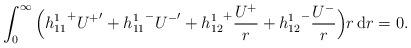
LaTeX: \begin{align*}\int_0^\infty\Big({h_{11}^1}^+{U^+}'+{h_{11}^1}^-{U^-}'+{h_{12}^1}^+\frac{U^+}{r}+{h_{12}^1}^-\frac{U^-}{r}\Big)r\,{\mathrm d}r=0.\end{align*}